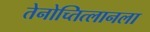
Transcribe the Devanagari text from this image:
तेनोच्तित्लानला